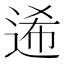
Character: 𨓇